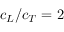
c _ { L } / c _ { T } = 2